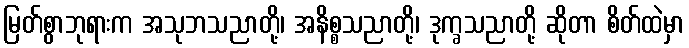
မြတ်စွာဘုရားက အသုဘသညာတို့၊ အနိစ္စသညာတို့၊ ဒုက္ခသညာတို့ ဆိုတာ စိတ်ထဲမှာ